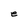
Character: e